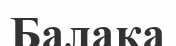
Балака